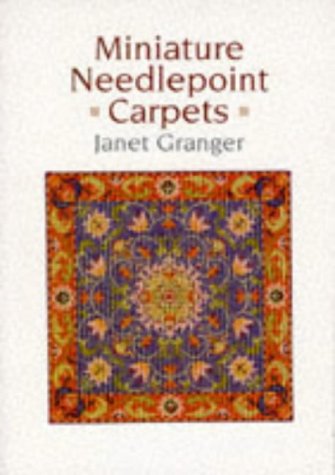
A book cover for Miniature Needlepoint Carpets; Janet Granger; Crafts, Hobbies & Home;